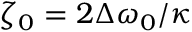
\zeta _ { 0 } = 2 \Delta \omega _ { 0 } / \kappa